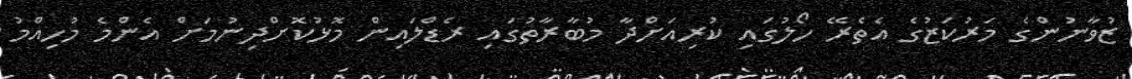
ޒުވާނުންގެ މަރުކަޒުގެ އެތެރޭ ހޯލުގައި ކުރިއަށްދާ މުބާރާތުގައި ރެޑްލައިން މޮޅުކޮށްދިނުމަށް އެންމެ މުހިއްމު